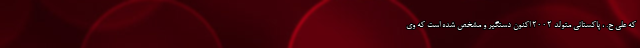
که علی ح. ، پاکستانی متولد ۲۰۰۲ اکنون دستگیر و مشخص شده است که وی